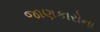
જાણકારોના